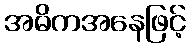
အဓိကအနေဖြင့်